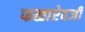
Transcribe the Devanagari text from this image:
फळाऐवजी